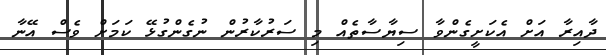
ދާއިރާ އަށް އެކަށީގެންވާ ސިޔާސާތެއް މި ސަރުކާރުން ނުގެންގުޅޭ ކަމަށް ވެސް އޭނާ